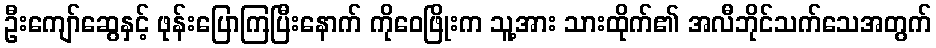
ဦးကျော်ဆွေနှင့် ဖုန်းပြောကြပြီးနောက် ကိုဝေဖြိုးက သူ့အား သားထိုက်၏ အလီဘိုင်သက်သေအတွက်